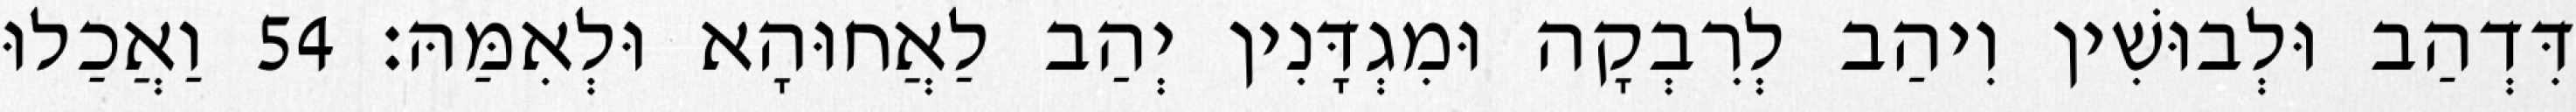
דִּדְהַב וּלְבוּשִׁין וִיהַב לְרִבְקָה וּמִגְדָּנִין יְהַב לַאֲחוּהָא וּלְאִמַּהּ׃ 54 וַאֲכַלוּ